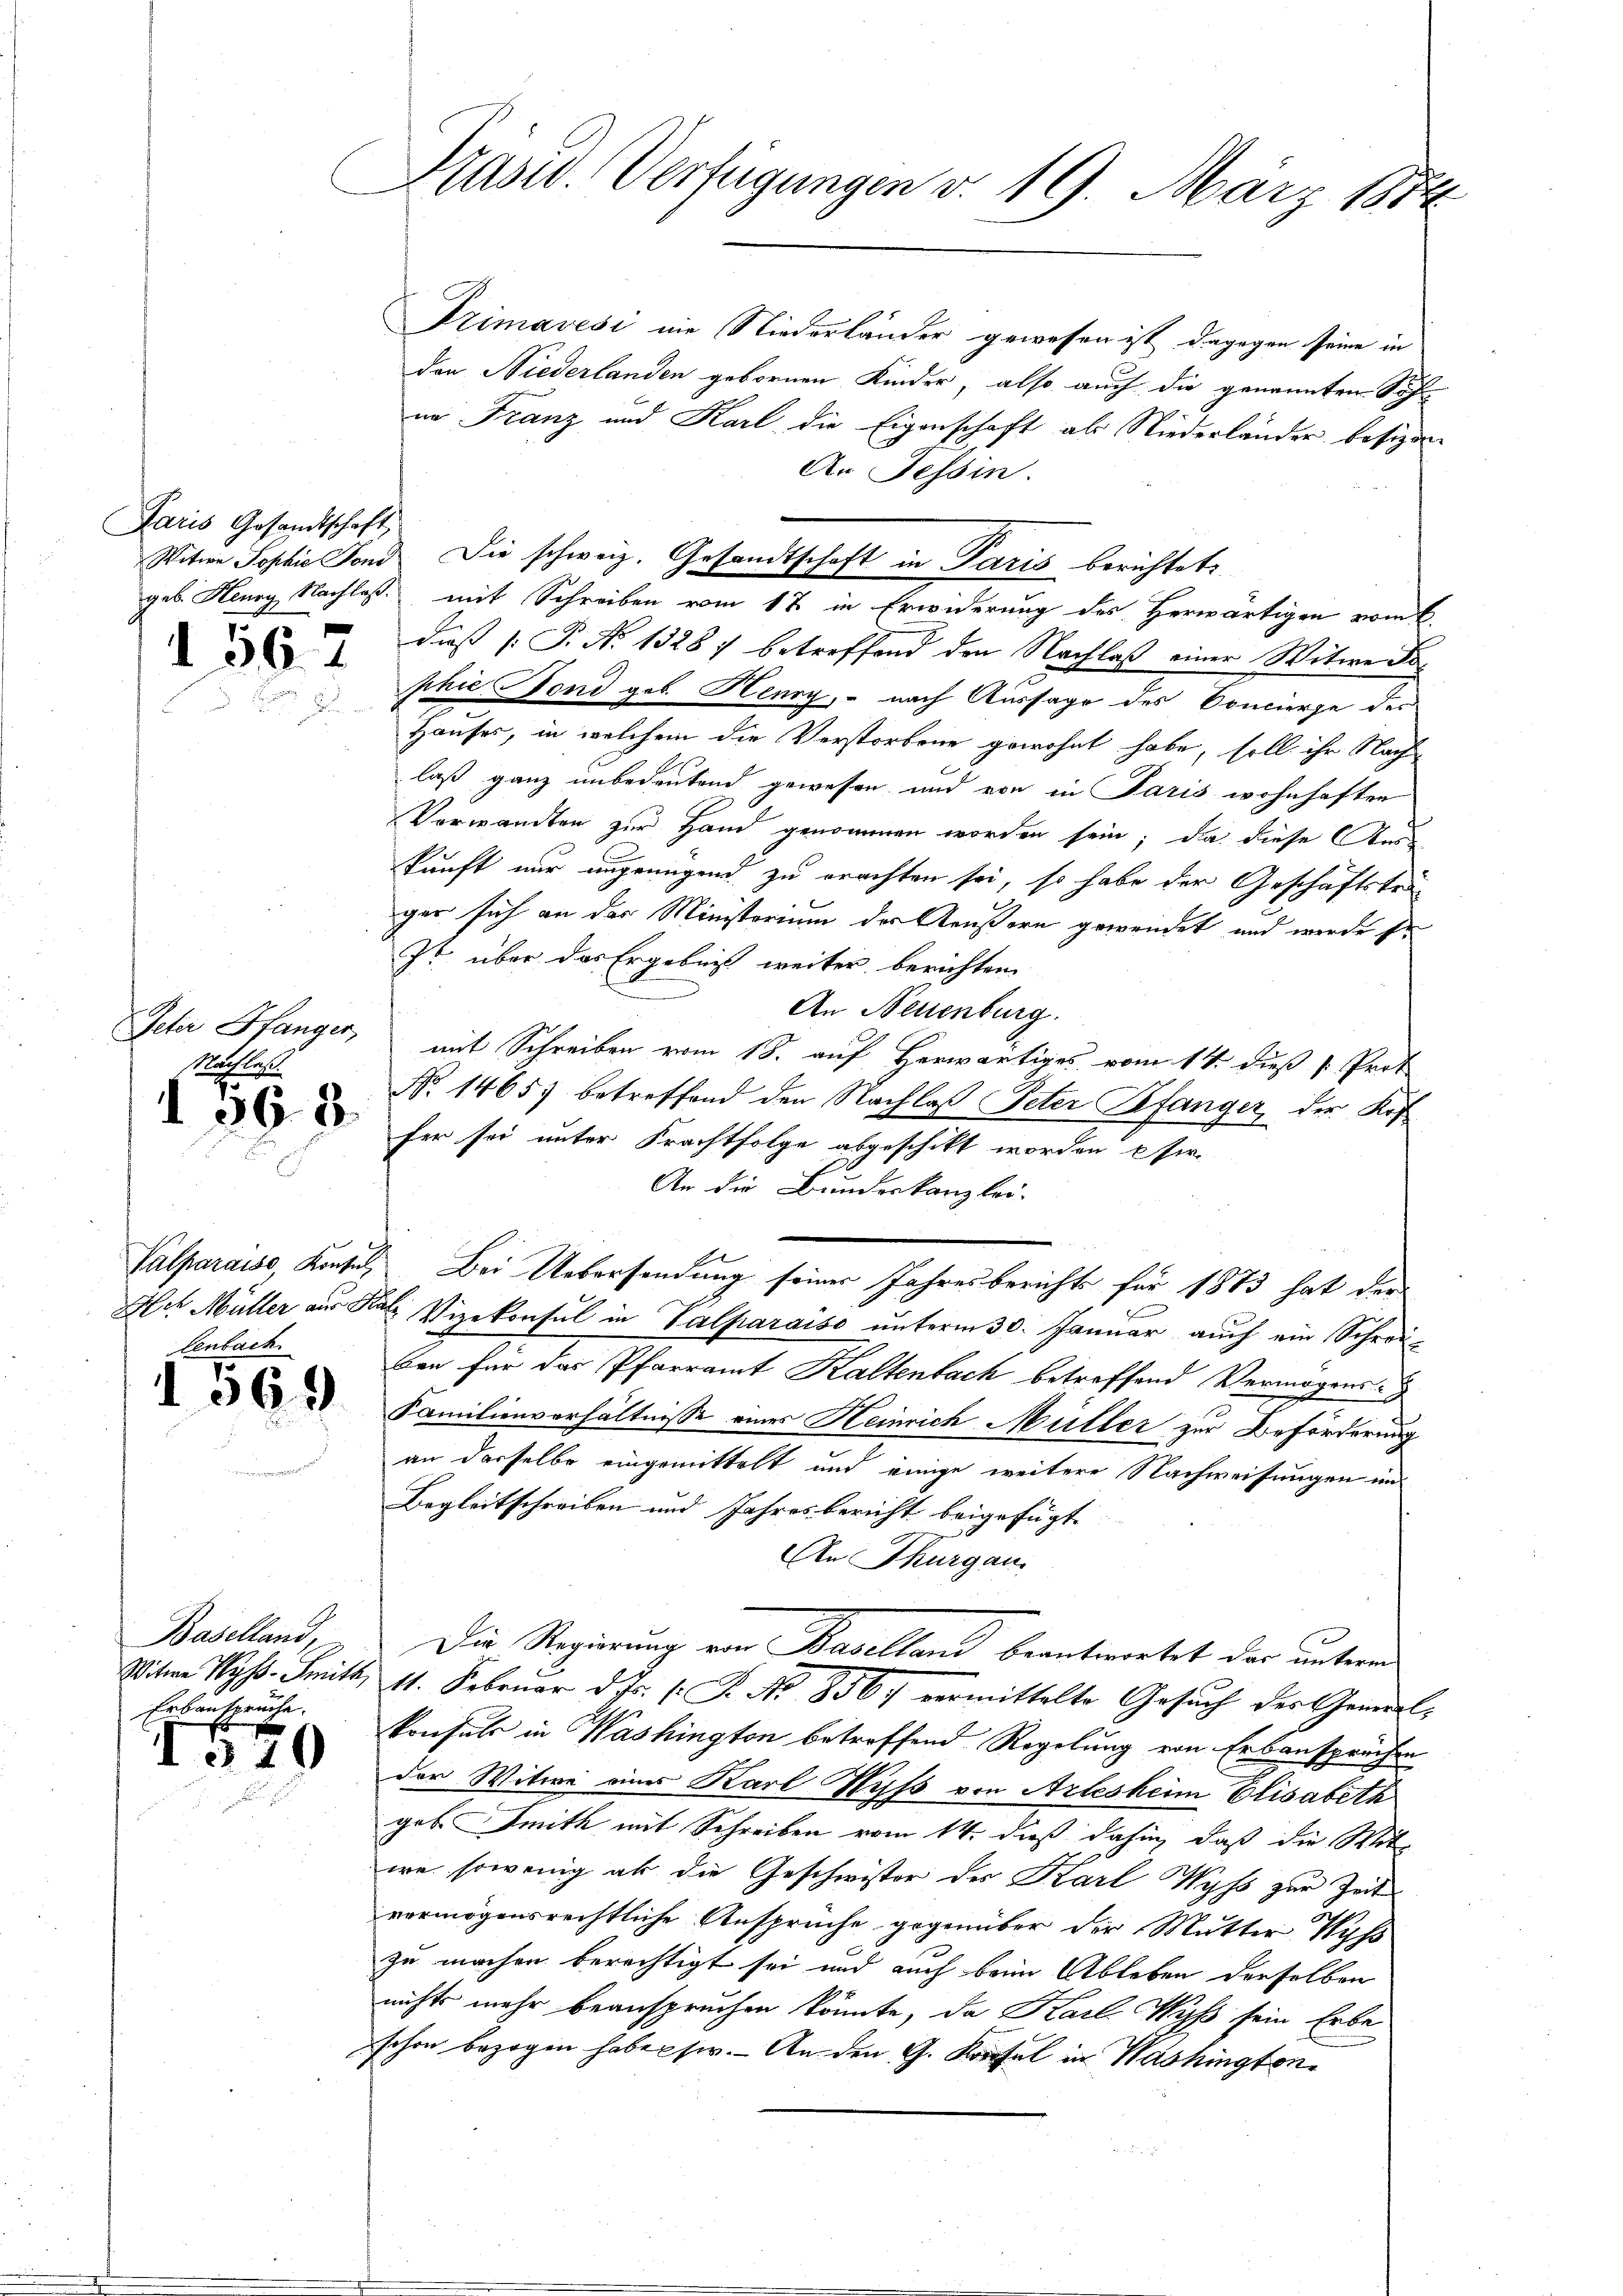
Paris Gesandtschaft

1567

Peter Pfanger
Mathlos

d 368.

lenbach

1569

Baselland,
Erbansprüche.

1570

Präsid. Verfügungen d. 19. März 188

Primavesi nie Niederländer gewesen ist, dagegen seine in
den Niederlanden gebornen Kinder, also auch die genannten Soh
ne Franz und Karl die Eigenschaft als Niederländer besizen
An Tessin.
Witwe Sophie Fond die schweiz. Gesandtschaft in Paris berichtet,
daß P. N. 1328) betreffend den Nachlaß einer Witwe Dophie Fond geb. Henny, – nach Aussage des Concierge des
Hauses, in welchem die Verstorbene gewohnt habe, soll ihr Nach
laß ganz unbedeutend gewesen und von in Paris wohnhaften
Verwandten zur Hand genommen worden sein; da diese Auskunft nur ungenügend zu erachten sei, so habe der Geschäftsteiger sich an der Ministerium der Aeußern gewendet, und werde Er
st über das Ergebnis weiter berichten
An Neuenburg.
mit Schreiben vom 18. auf Herwärtiges vom 14. dieß [ Prot
No 1465) betreffend den Nachlaß Peter Befanger, der Kof
fer sei unter Frachtfolge abgeschikt worden eher
An die Bundeskanzlei.
Palparaise, Konsuls Bei Uebersendung seiner Jahresberichts für 1873 hat der
Ach Müller aus Kal Vizekonsul in Valparaiso unterm 30. Januar auch ein Schreiben für das Pfarramt Kaltenbach betreffend Vermögens-
Familienverhältnisse eines Heinrich Müller zur Beförderung
an derselbe eingemittelt und einige weitere Nachweisungen im
Begleitschreiben und Jahresbericht beigefügt
An Thurgau.
Die Regierung von Baselland beantwortet der untern
Witwe Wyss. Smith, 11. Februar d. Js. (: P. No 8567 vermittelte Gesuch der Gemdelkonsuls in Washington betreffend Regelung von Erbansprüchen
der Witwe eines Karl Wyss von Arlesheim Elisabeth
geb Smith mit Schreiben vom 14. dieß dahin, daß die Mit-
wa sowenig ab die Geschwister der Karl Wyss zur Zeit
vermögensrechtliche Ansprüche gegenüber der Mutter Wyss
zu machen berechtigt sei und auch beim Ableben derselben
nichts mehr beanspruchen könnte, da Karl Wyß sein Erbe
schon bezogen haben sie. An den G. Kopfel in Washington

geb. Henry Nachlaß mit Schreiben vom 17 in Erwiderung des Herwärtigen vom 6.